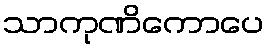
သာကုဏိကောပေ